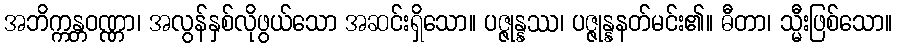
အဘိက္ကန္တဝဏ္ဏာ၊ အလွန်နှစ်လိုဖွယ်သော အဆင်းရှိသော။ ပဇ္ဇုန္နဿ၊ ပဇ္ဇုန္နနတ်မင်း၏။ ဓီတာ၊ သ္မီးဖြစ်သော။